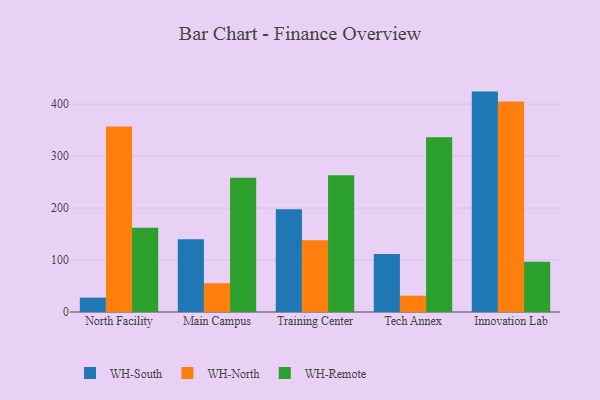
{"axis": {"x": "Campus", "y": "Tickets Resolved"}, "legend": ["WH-North", "WH-Remote", "WH-South"], "data": [{"x": "North Facility", "y": 27.7, "type": "WH-South"}, {"x": "North Facility", "y": 356.9, "type": "WH-North"}, {"x": "North Facility", "y": 162.3, "type": "WH-Remote"}, {"x": "Main Campus", "y": 139.8, "type": "WH-South"}, {"x": "Main Campus", "y": 55.3, "type": "WH-North"}, {"x": "Main Campus", "y": 258.1, "type": "WH-Remote"}, {"x": "Training Center", "y": 197.5, "type": "WH-South"}, {"x": "Training Center", "y": 138.3, "type": "WH-North"}, {"x": "Training Center", "y": 262.9, "type": "WH-Remote"}, {"x": "Tech Annex", "y": 111.5, "type": "WH-South"}, {"x": "Tech Annex", "y": 31.4, "type": "WH-North"}, {"x": "Tech Annex", "y": 336.4, "type": "WH-Remote"}, {"x": "Innovation Lab", "y": 424.1, "type": "WH-South"}, {"x": "Innovation Lab", "y": 405.1, "type": "WH-North"}, {"x": "Innovation Lab", "y": 96.9, "type": "WH-Remote"}]}